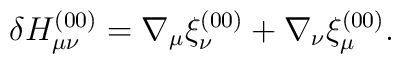
\delta H_{\mu\nu}^{(00)} = \nabla_\mu \xi_\nu^{(00)} +\nabla_\nu \xi_\mu^{(00)}.